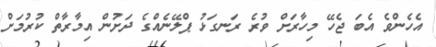
އެހެންވެ އެބަ ޖެހޭ މިހާރަށް ވުރެ ރަނގަޅު ޕްލޭނެއްގެ ދަށުން އިމާރާތް ކުރުމަށް